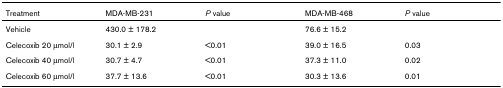
<table><thead><tr><td><b>Treatment</b></td><td><b>MDA-MB-231</b></td><td><b><i>P </i>value</b></td><td><b>MDA-MB-468</b></td><td><b><i>P </i>value</b></td></tr></thead><tbody><tr><td>Vehicle</td><td>430.0 ± 178.2</td><td></td><td>76.6 ± 15.2</td><td></td></tr><tr><td>Celecoxib 20 μmol/l</td><td>30.1 ± 2.9</td><td>&lt;0.01</td><td>39.0 ± 16.5</td><td>0.03</td></tr><tr><td>Celecoxib 40 μmol/l</td><td>30.7 ± 4.7</td><td>&lt;0.01</td><td>37.3 ± 11.0</td><td>0.02</td></tr><tr><td>Celecoxib 60 μmol/l</td><td>37.7 ± 13.6</td><td>&lt;0.01</td><td>30.3 ± 13.6</td><td>0.01</td></tr></tbody></table>